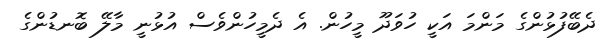
ދެބޭފުޅުންގެ މަންމަ އަކީ ހުވަދޫ މީހުން. އެ ދެމީހުންވެސް އުޅުނީ މާލޭ ބޮނޑުންގެ